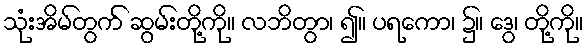
သုံးအိမ်တွက် ဆွမ်းတို့ကို။ လဘိတွာ၊ ၍။ ပရကော၊ ၌။ ဒွေ၊ တို့ကို။